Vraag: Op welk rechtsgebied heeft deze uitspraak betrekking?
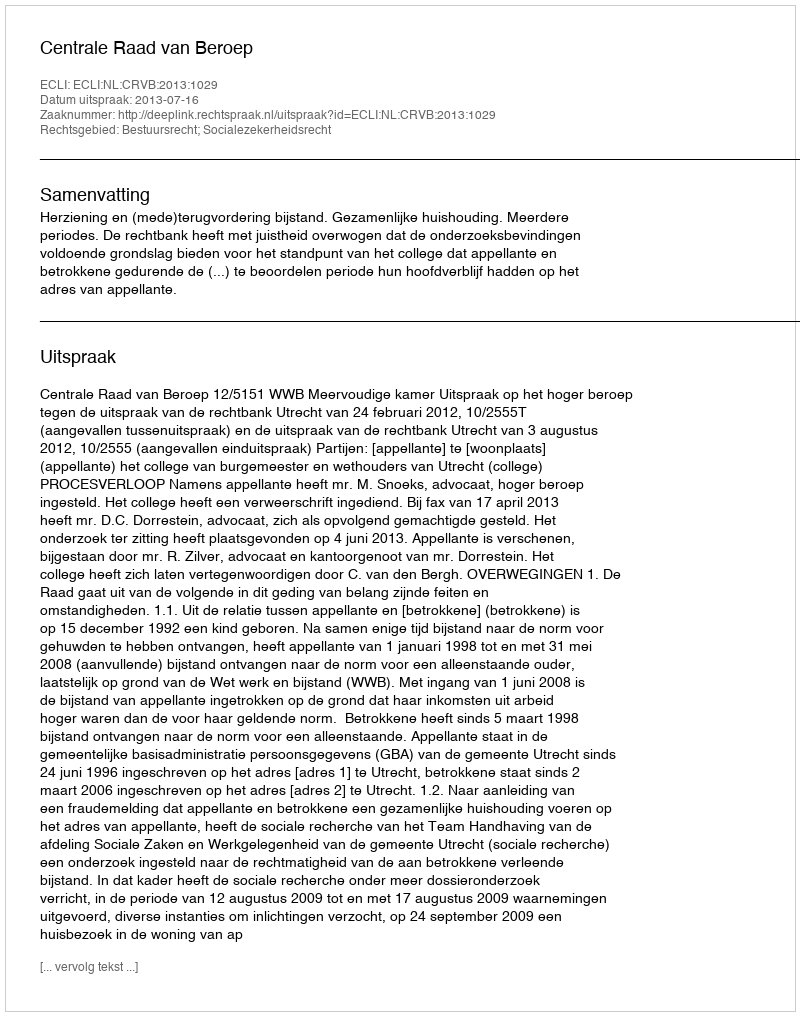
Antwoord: Bestuursrecht; Socialezekerheidsrecht